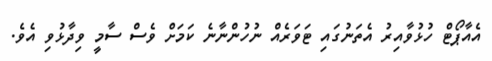
އެއާޕޯޓް ހުޅުވާއިރު އެތަނުގައި ޓަވަރެއް ނުހުންނާނެ ކަމަށް ވެސް ސާމީ ވިދާޅުވި އެވެ.